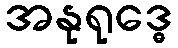
အနုရုဒ္ဓေ